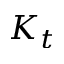
K _ { t }